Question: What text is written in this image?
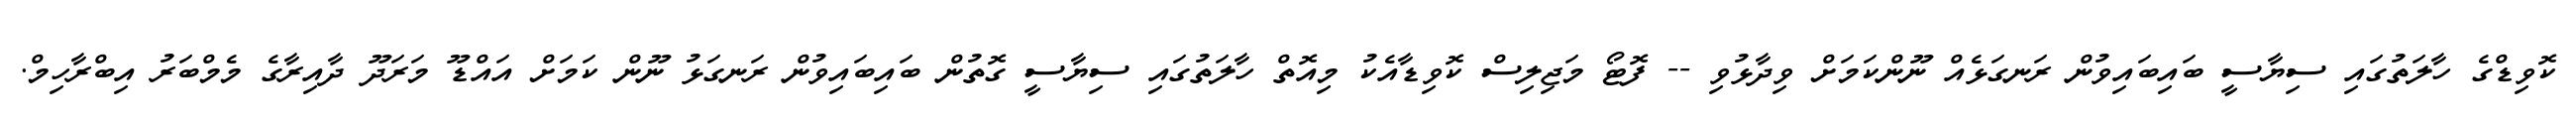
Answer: ކޮވިޑްގެ ހާލަތުގައި ސިޔާސީ ބައިބައިވުން ރަނގަޅެއް ނޫންކަމަށް ވިދާޅުވި -- ފޮޓޯ މަޖިލިސް ކޮވިޑާއެކު މިއޮތް ހާލަތުގައި ސިޔާސީ ގޮތުން ބައިބައިވުން ރަނގަޅު ނޫން ކަމަށް އައްޑޫ މަރަދޫ ދާއިރާގެ މެމްބަރު އިބްރާހިމް.